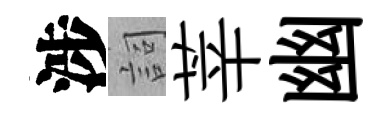
涉詞莘幽